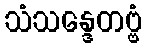
သံသန္ဒေတဗ္ဗံ